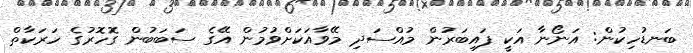
ބަނޑުހިކުން: އަނޯނާ އަކީ ފައިބަރުން މުއްސަދި މޭވާއަކަށްވުމުން އޭގެ ސަބަބުން ގޮހޮރުގެ ހަރަކާތް